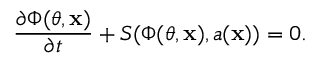
\frac { \partial \Phi ( \theta , \mathbf { x } ) } { \partial t } + S ( \Phi ( \theta , \mathbf { x } ) , a ( \mathbf { x } ) ) = 0 .